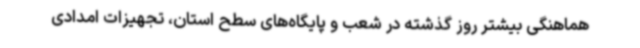
هماهنگی بیشتر روز گذشته در شعب و پایگاه‌های سطح استان، تجهیزات امدادی